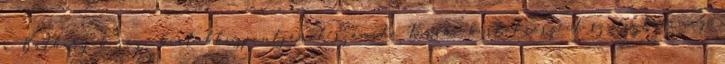
a Báthoryak régi birtokközpontjának számító Kereki birtokrészeit szerezték meg.